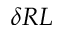
\delta R L